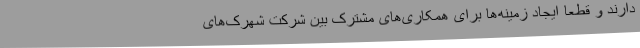
دارند و قطعا ایجاد زمینه‌ها برای همکاری‌های مشترک بین شرکت شهرک‌های